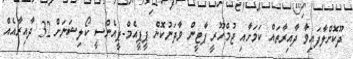
ދޫކޮށްލާފައިވާ ދާއިރާތައް ކަމަށާއި ޖުމްހޫރީ ޕާޓީން ވާދަނުކޮށް ޕީޕީއެމް-ޕީއެންސީ ކޯލިޝަނަށް 32 ދާއިރާއެއް